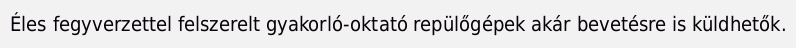
Éles fegyverzettel felszerelt gyakorló-oktató repülőgépek akár bevetésre is küldhetők.